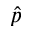
\hat { p }